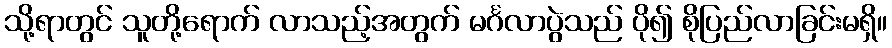
သို့ရာတွင် သူတို့ရောက် လာသည့်အတွက် မင်္ဂလာပွဲသည် ပို၍ စိုပြည်လာခြင်းမရှိ။